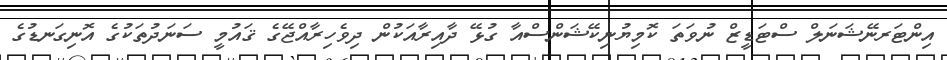
އިންޓަރނޭޝަނަލް ސްޓަޑީޒް ނުވަތަ ކޮމިޔުނިކޭޝަންސްއާ ގުޅޭ ދާއިރާއަކުން ދިވެހިރާއްޖޭގެ ޤައުމީ ސަނަދުތަކުގެ އޮނިގަނޑުގެ